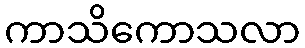
ကာသိကောသလာ